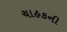
ચાહકની